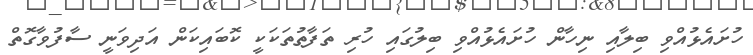
ހުށައެޅުއްވި ބިލާއި ނިހާން ހުށައެޅުއްވި ބިލުގައި ހުރި ތަފާތުތަކަކީ ކޮބައިކަން އަދިވަނީ ސާފުވާގޮތް